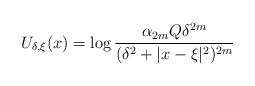
LaTeX: \begin{align*}U_{\delta,\xi}(x)= \log\frac{\alpha_{2m}Q\delta^{2m}}{(\delta^{2}+|x-\xi|^{2})^{2m}}\end{align*}